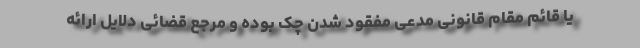
یا قائم مقام قانونی مدعی مفقود شدن چک بوده و مرجع قضائی دلایل ارائه